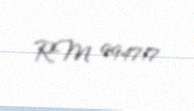
RM 994717